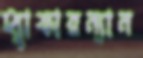
হ্যাফারন্যান